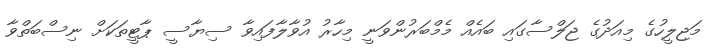
މަޖިލީހުގެ މިއަދުގެ ޖަލްސާގައި ބައެއް މެމްބަރުންވަނީ މިހާރު އުވާލާފައިވާ ސިޔާސީ ޕާޓީތަކަށް ނިސްބަތްވާ